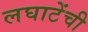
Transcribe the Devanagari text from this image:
लघाटेंची